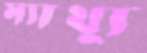
ম্যাথ্যু